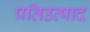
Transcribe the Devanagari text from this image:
प्रतिउत्पाद